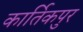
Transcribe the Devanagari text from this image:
कार्तिकपुर